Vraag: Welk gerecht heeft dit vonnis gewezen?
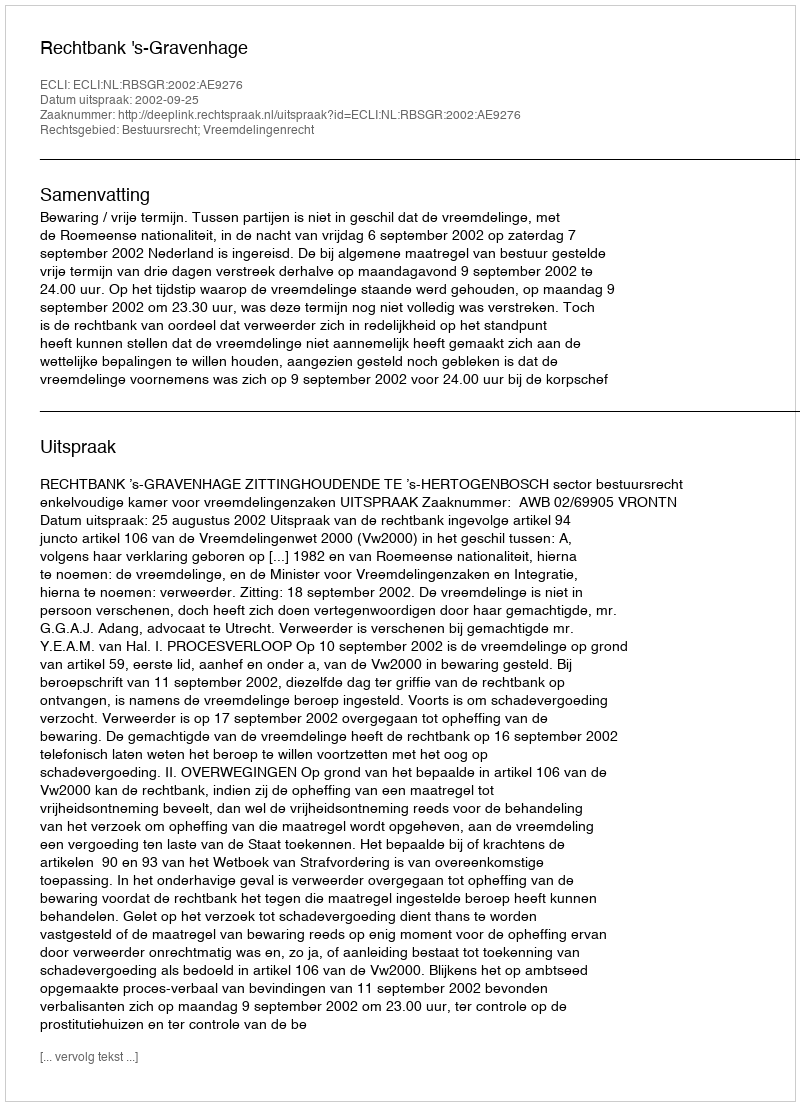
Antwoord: Rechtbank 's-Gravenhage